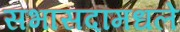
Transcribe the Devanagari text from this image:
सभासदांमधले